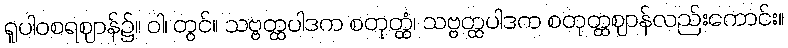
ရူပါဝစရဈာန်၌။ ဝါ၊ တွင်။ သဗ္ဗတ္ထပါဒက စတုတ္ထံ၊ သဗ္ဗတ္ထပါဒက စတုတ္ထဈာန်လည်းကောင်း။